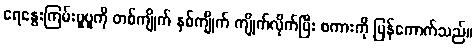
ရေနွေးကြမ်းပူပူကို တစ်ကျိုက် နှစ်ကျိုက် ကျိုက်လိုက်ပြီး စကားကို ပြန်ကောက်သည်။